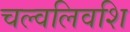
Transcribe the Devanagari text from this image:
चल्वलिवशि